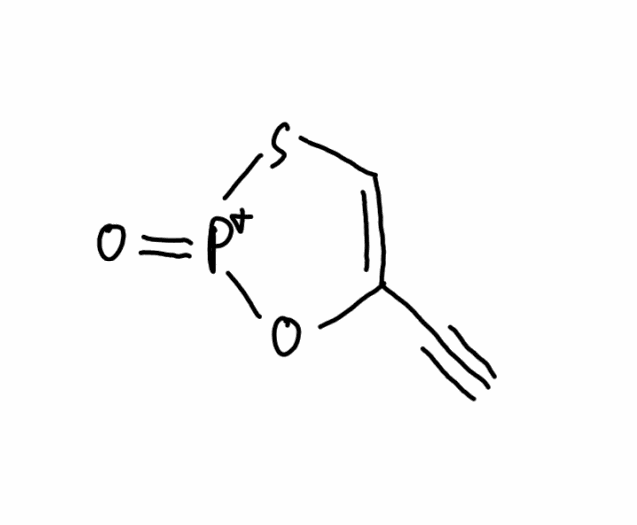
Simplified molecular-input line-entry system (SMILES) notation of the given molecule:
C#CC1=CS[P+](=O)O1